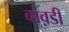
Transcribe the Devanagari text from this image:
बाव़डी